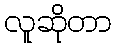
လူဆိုတာ